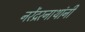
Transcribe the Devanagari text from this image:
नरेंद्ररनाथांनी